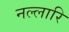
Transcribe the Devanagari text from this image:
नल्लारि